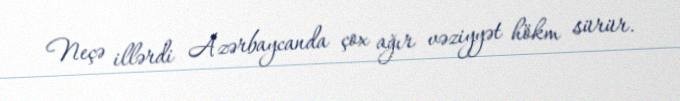
Neçə illərdi Azərbaycanda çox ağır vəziyyət hökm sürür.